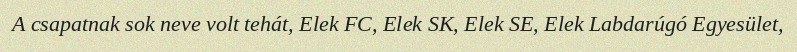
A csapatnak sok neve volt tehát, Elek FC, Elek SK, Elek SE, Elek Labdarúgó Egyesület,